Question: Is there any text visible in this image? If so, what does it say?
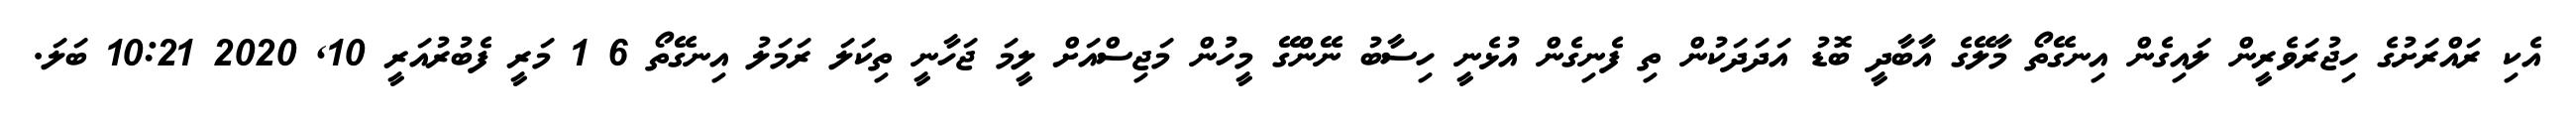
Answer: އެކި ރައްރަށުގެ ހިޖުރަވެރީން ލައިގެން އިނގޭތޯ މާލޭގެ އާބާދީ ބޮޑު އަދަދަކުން ތި ފެނިގެން އުޅެނީ ހިސާބު ނޭންގޭ މީހުން މަޖިސްއަށް ލީމަ ޖަހާނީ ތިކަލަ ރަމަލު އިނގޭތޯ 6 1 މަރީ ފެބުރުއަރީ 10, 2020 10:21 ބަލަ.